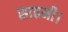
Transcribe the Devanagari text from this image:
साहनी।